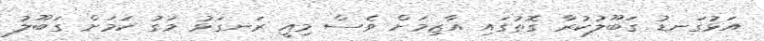
އަޅުގަނޑު ގަބޫލުކުރާ ގޮތުގައި އާޒިމަށް ވެސް މިއީ ރަނގަޅު މަގު ކަމަށް ގަބޫލު